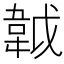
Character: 𩎙